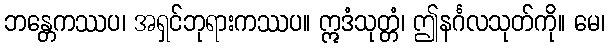
ဘန္တေကဿပ၊ အရှင်ဘုရားကဿပ။ ဣဒံသုတ္တံ၊ ဤနင်္ဂလသုတ်ကို။ မေ၊